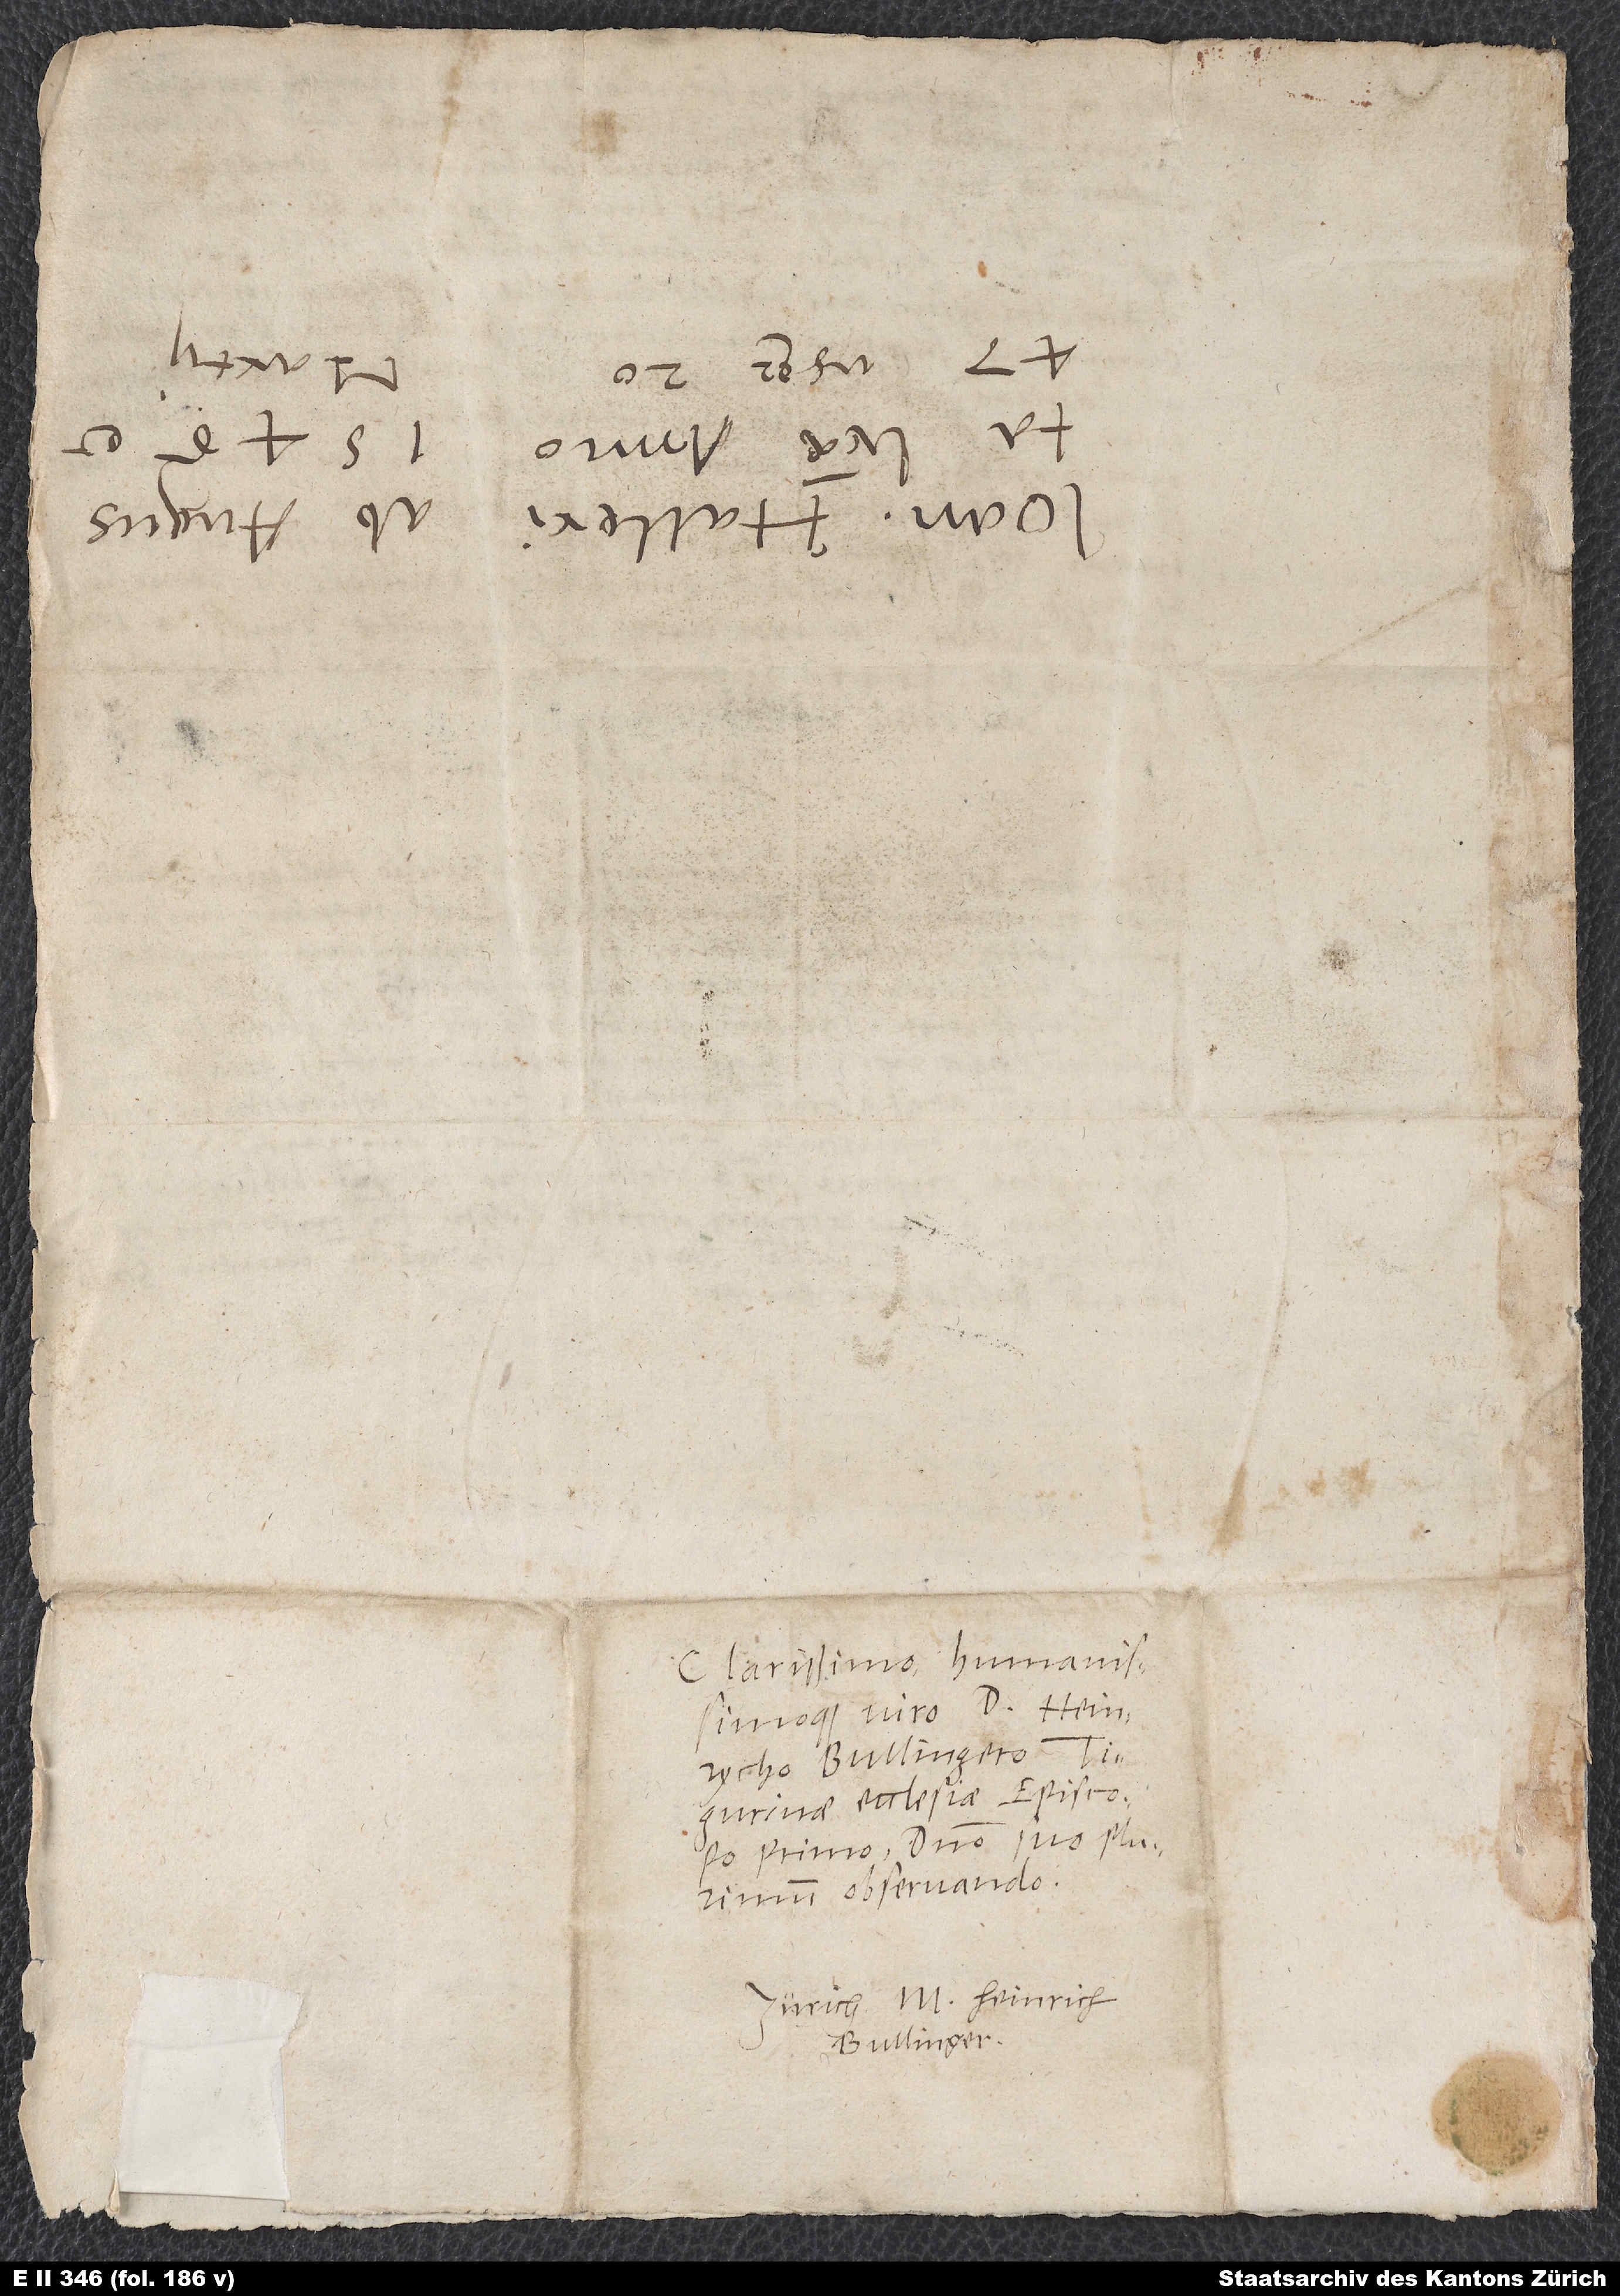
Clarissimo humanissimoque
Bullingero,
Tigurinae ecclesiae episcopo
primo, domino suo plurimum
observando.
Zürich. M. Heinrich
Bullinger.